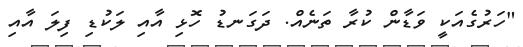
"ހަރުގެއަކީ ވަޑާން ކުރާ ތަނެއް. ދަގަނޑު ހޮޅި އާއި ލަކުޑި ފިލަ އާއި